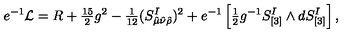
e ^ { - 1 } { \cal L } = R + { \textstyle { \frac { 1 5 } { 2 } } } g ^ { 2 } - { \textstyle { \frac { 1 } { 1 2 } } } ( S _ { \hat { \mu } \hat { \nu } \hat { \rho } } ^ { I } ) ^ { 2 } + e ^ { - 1 } \left[ { \textstyle { \frac { 1 } { 2 } } } g ^ { - 1 } S _ { [ 3 ] } ^ { I } \wedge d S _ { [ 3 ] } ^ { I } \right] ,